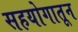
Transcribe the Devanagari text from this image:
सहयोगातून